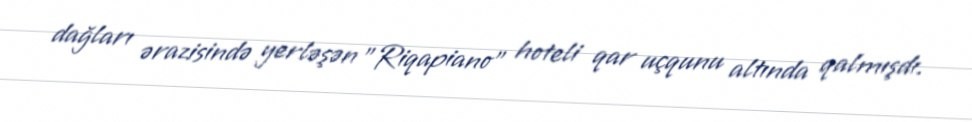
dağları ərazisində yerləşən "Riqapiano" hoteli qar uçqunu altında qalmışdı.